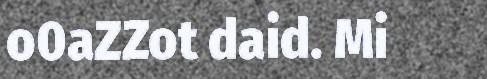
o0aZZot daid. Mi